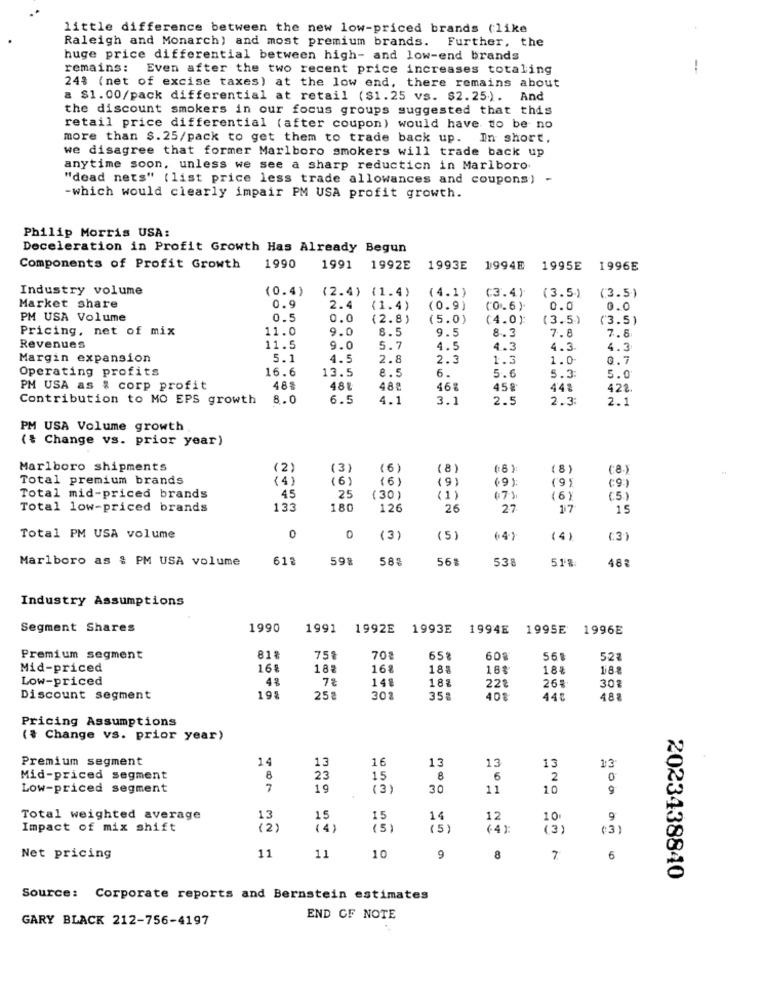
little difference between the new low-priced brands (like
Raleigh and Monarch) and most premium brands. Further, the
huge price differential between high- and low-end brands
remains:
Even after the two recent price increases totaling
248 (net of excise taxes) at the low end, there remains about
a $1.00/pack differential at retail ($1.25 vs. $2.25). And
the discount smokers in our focus groups suggested that this
retail price differential (after coupon) would have to be no
more than $. 25/pack to get them to trade back up. In short.
we disagree that former Marlboro smokers will trade back up
anytime soon, unless we see a sharp reduction in Marlboro
"dead nets" (list price less trade allowances and coupons) -
-which would clearly impair PM USA profit growth.
Philip Morris USA:
Deceleration in Profit Growth Has Already Begun
Components of Profit Growth
1990
1991
1992E
1993E
1994E
1995E
1996E
Industry volume
(0.4)
(4.1)
(3.5)
(3.5)
(2.4) {1.4)
(3.4)
Market share
0.9
2.4
(1.4)
(0.9)
(0.6)
0.0
0.0
PM USA Volume
0.5
0.0
(2.8)
(5.0)
(4.0):
(3.5)
(3.5)
Pricing, net of mix
11.0
9.0
8.5
9.5
8.3
7.5
7.8
Revenues
11.5
9.0
5.
4.5
4.3
4.3
4.3
Margin expansion
5.1
4.5
2.8
2.3
1.3
1.0
0.7
Operating profits
16.6
13.5
8.5
6.
5.6
5.3
5.0
PM USA as % corp profit
48%
48º
46ª
45.
44%
422
Contribution to MO EPS growth
8.0
6.5
4 .:
3.1
2.5
2.3
2.1
PM USA Volume growth
( { Change vs. prior year)
Marlboro shipments
(2)
(3)
(6)
(8)
(8)
(8)
Total premium brands
(4)
(6)
(6)
(9)
(9):
(9)
45
Total mid-priced brands
25
(30)
(1)
(7)
(6)
(5.)
Total low-priced brands
133
180
12
26
27
17
15
Total PM USA volume
0
0
(3)
(5)
(4)
(4)
(3)
Marlboro as & PM USA volume
61ª
59%
58%
56%
538
51%
482
Industry Assumptions
Segment Shares
1990
1991
1992E
1993E
1994E
1995E
1996E
Premium segment
81%
75%
70
65%
60
568
523
Mid-priced
16%
188
16%
18
18%
18
Low-priced
4%
7%
148
18%
30%
228
26%
Discount segment
195
252
302
35.
401
448
48
Pricing Assumptions
(# Change vs. prior year)
Premium segment
14
13
16
13
13
13
13
Mid-priced segment
8
23
15
8
6
2
0
Low-priced segment
7
19
( 3)
30
11
10
9
Total weighted average
13
15
15
14
12
10
9
Impact of mix shift
(2)
(4)
(5
(4):
( 3)
(3)
Net pricing
11
11
10
9
8
7
6
2023438840
Source: Corporate reports and Bernstein estimates
GARY BLACK 212-756-4197
END OF NOTE